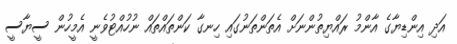
އަދި އިންޑިޔާގެ އާންމު ރައްޔިތުންނަށް އެތަންތަނުގައި ހިނގާ ކަންތައްތައް ނުހުއްޓުވެނީ އެމީހުން ސީޔާސީ